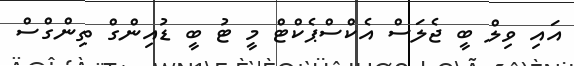
އައި ވިލް ބީ ޖެލަސް އެކްސްޕެކްޓް މީ ޓު ބީ ޑުއިންގް ތިންގްސް